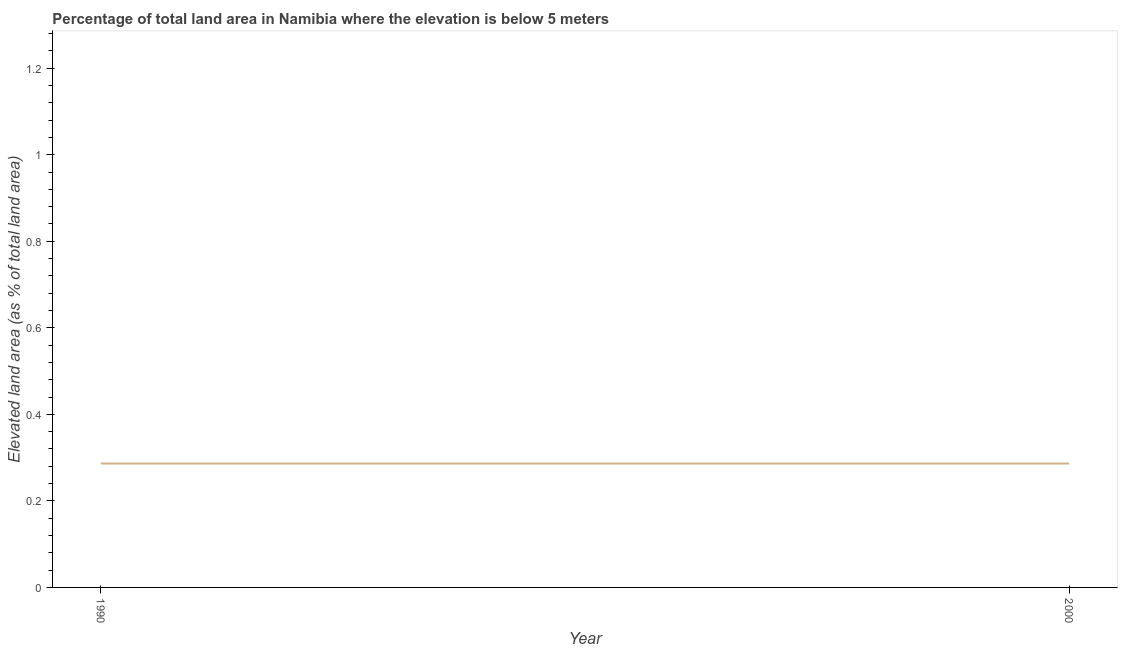
| Year | Land area |
 | --- | --- |
 | 1990 | 0.286 |
 | 2000 | 0.286 |